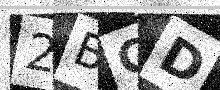
Text: 2BCD